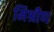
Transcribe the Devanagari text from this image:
मिश्रीण